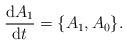
LaTeX: \begin{align*}\frac{{\rm d}A_1}{{\rm d}t}=\{A_1,A_0\}.\end{align*}